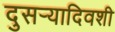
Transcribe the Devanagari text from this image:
दुसर्‍यादिवशी